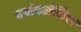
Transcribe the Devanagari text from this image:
एपॉपटोसिस